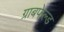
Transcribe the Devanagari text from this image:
ग्राबफेल्ड